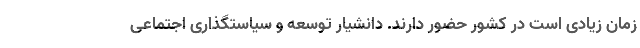
زمان زیادی است در کشور حضور دارند. دانشیار توسعه و سیاستگذاری اجتماعی